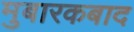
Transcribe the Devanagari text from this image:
मुबारकबाद